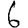
Digit: 6